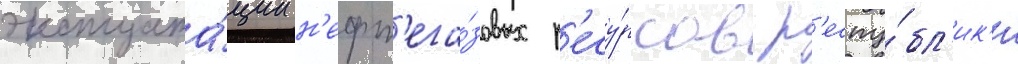
эксплуата́ции н'ефт'ега́зовых р'есу́рсов р'еспу́бл'ик'и